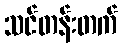
သင်တန်းတက်